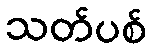
သတ်ပစ်